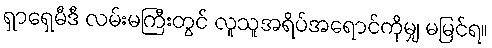
ရှာရှေမီဒီ လမ်းမကြီးတွင် လူသူအရိပ်အရောင်ကိုမျှ မမြင်ရ။